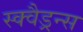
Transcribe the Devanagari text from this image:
स्क्वैड्रन्स